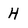
Character: H